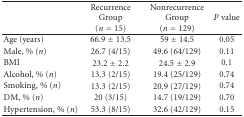
<table><thead><tr><td><b> </b></td><td><b>RecurrenceGroup (<i>n</i> = 15)</b></td><td><b>NonrecurrenceGroup (<i>n</i> = 129)</b></td><td><b><i>P</i> value</b></td></tr></thead><tbody><tr><td>Age (years)</td><td>66.9 ± 13.5</td><td>59 ± 14.5</td><td>0.05</td></tr><tr><td>Male, % (<i>n</i>) </td><td>26.7 (4/15)</td><td>49.6 (64/129)</td><td>0.11</td></tr><tr><td>BMI </td><td>23.2 ± 2.2</td><td>24.5 ± 2.9</td><td>0.1</td></tr><tr><td>Alcohol, % (<i>n</i>) </td><td>13.3 (2/15)</td><td>19.4 (25/129)</td><td>0.74</td></tr><tr><td>Smoking, % (<i>n</i>) </td><td>13.3 (2/15)</td><td>20.9 (27/129)</td><td>0.74</td></tr><tr><td>DM, % (<i>n</i>)</td><td>20 (3/15)</td><td>14.7 (19/129)</td><td>0.70</td></tr><tr><td>Hypertension, % (<i>n</i>)</td><td>53.3 (8/15)</td><td>32.6 (42/129)</td><td>0.15</td></tr></tbody></table>